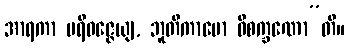
အာရကာ ပရိဝဇ္ဇေယျ, ဘူတိကာမော ဝိစက္ခဏော”တိ။